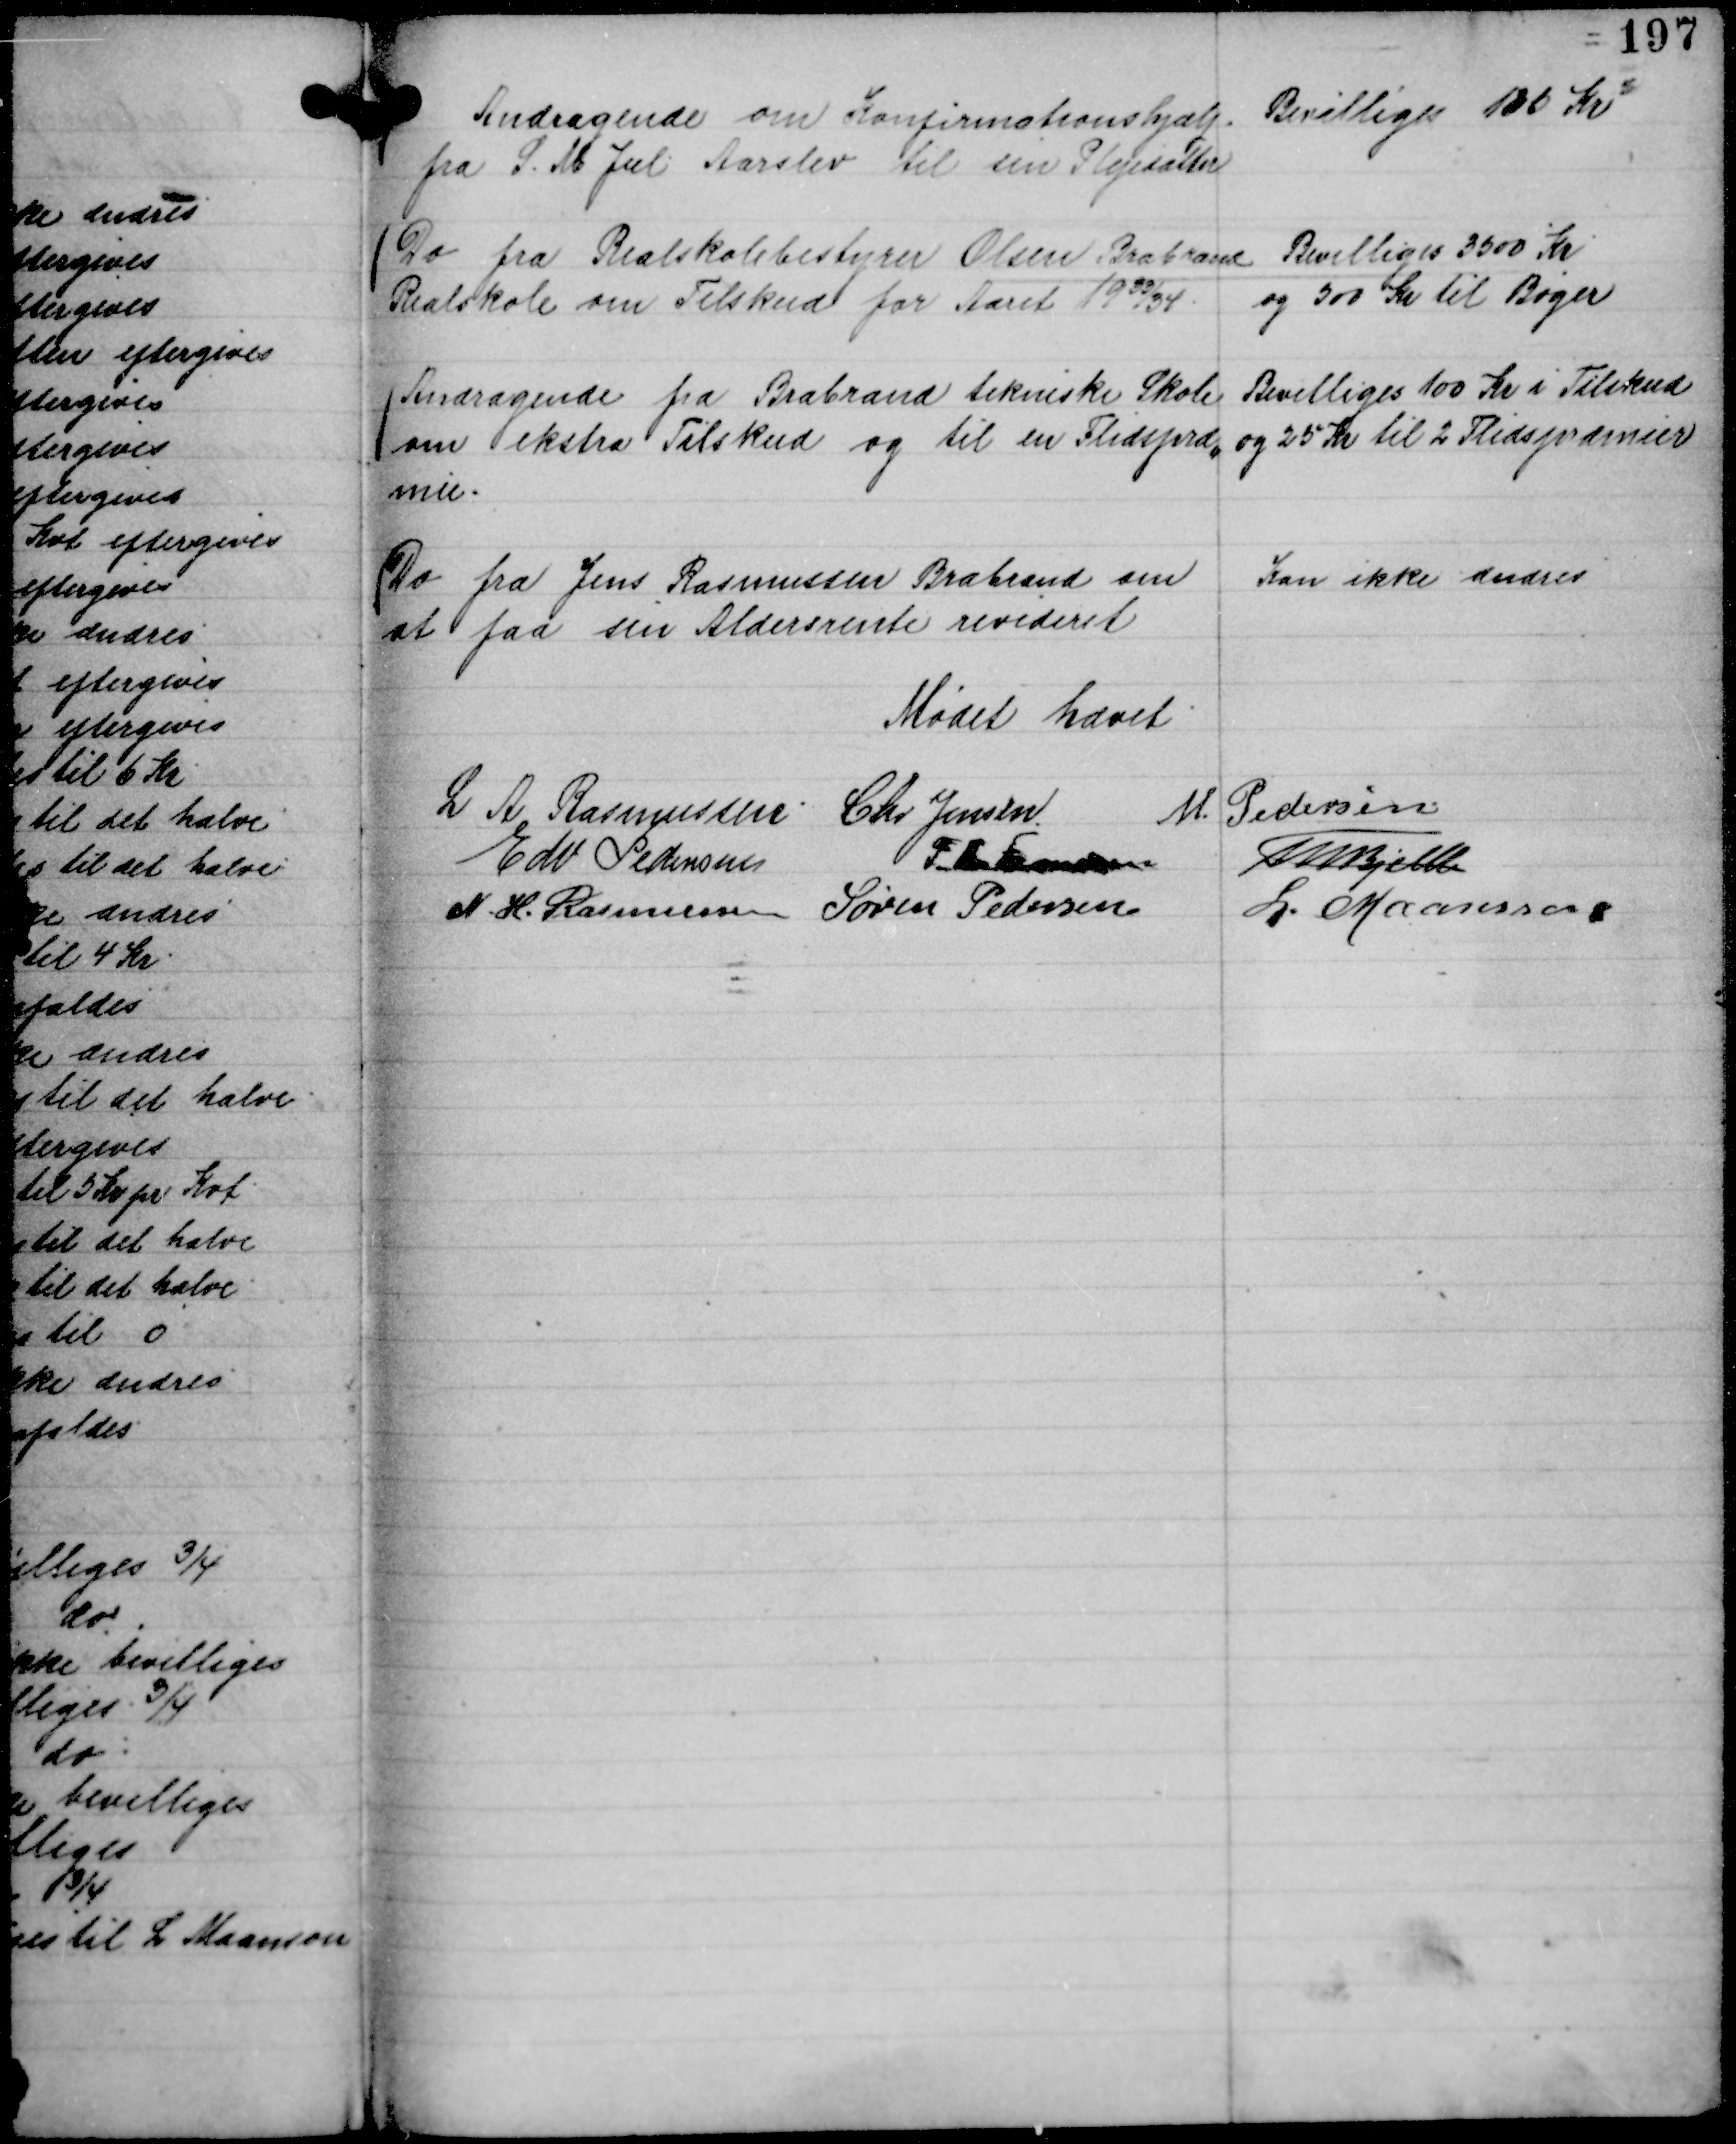
Transskription:
Andragende om Konfirmationshjælp
fra S. M Jul Aarslev til sin Plejedatter

Bevilliges 100 Kr

Do fra Realskolebestyrer Olsen Brabrand
Realskole om Tilskud for Aaret 19 33/34.

Bevilliges 3500 Kr
og 500 Kr til Bøger

Andragende fra Brabrand tekniske Skole
om ekstra Tilskud og til en Flidspræ,,
mie.

Bevilliges 100 Kr i Tilskud
og 25 Kr til 2 Flidspræmier

Do fra Jens Rasmussen Brabrand om
at faa sin Aldersrente revideret

Kan ikke ændres

Mødet hævet
L A Rasmussen
Chr Jensen
M. Pedersen.
Edv Pedersen
P Th Frandsen
Th Bjelke
N. H. Rasmussen
Søren Pedersen
L. Maansson